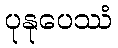
ပုနုပေဿံ